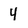
Character: 4